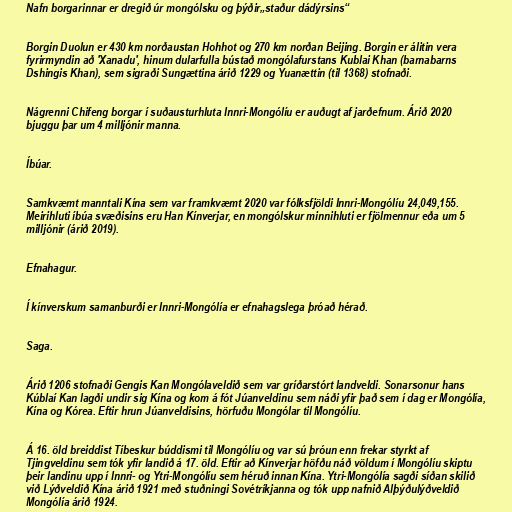
Nafn borgarinnar er dregið úr mongólsku og þýðir„staður dádýrsins“

Borgin Duolun er 430 km norðaustan Hohhot og 270 km norðan Beijing. Borgin er álitin vera
fyrirmyndin að 'Xanadu', hinum dularfulla bústað mongólafurstans Kublai Khan (barnabarns
Dshingis Khan), sem sigraði Sungættina árið 1229 og Yuanættin (til 1368) stofnaði.

Nágrenni Chifeng borgar í suðausturhluta Innri-Mongólíu er auðugt af jarðefnum. Árið 2020
bjuggu þar um 4 milljónir manna.

Íbúar.

Samkvæmt manntali Kína sem var framkvæmt 2020 var fólksfjöldi Innri-Mongólíu 24,049,155.
Meirihluti íbúa svæðisins eru Han Kínverjar, en mongólskur minnihluti er fjölmennur eða um 5
milljónir (árið 2019).

Efnahagur.

Í kínverskum samanburði er Innri-Mongólía er efnahagslega þróað hérað.

Saga.

Árið 1206 stofnaði Gengis Kan Mongólaveldið sem var gríðarstórt landveldi. Sonarsonur hans
Kúblaí Kan lagði undir sig Kína og kom á fót Júanveldinu sem náði yfir það sem í dag er Mongólía,
Kína og Kórea. Eftir hrun Júanveldisins, hörfuðu Mongólar til Mongólíu.

Á 16. öld breiddist Tíbeskur búddismi til Mongólíu og var sú þróun enn frekar styrkt af
Tjingveldinu sem tók yfir landið á 17. öld. Eftir að Kínverjar höfðu náð völdum í Mongólíu skiptu
þeir landinu upp í Innri- og Ytri-Mongólíu sem héruð innan Kína. Ytri-Mongólía sagði síðan skilið
við Lýðveldið Kína árið 1921 með stuðningi Sovétríkjanna og tók upp nafnið Alþýðulýðveldið
Mongólía árið 1924.